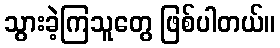
သွားခဲ့ကြသူတွေ ဖြစ်ပါတယ်။